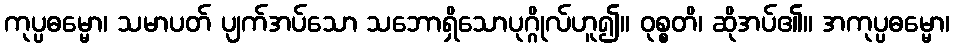
ကုပ္ပဓမ္မော၊ သမာပတ် ပျက်အပ်သော သဘောရှိသောပုဂ္ဂိုလ်ဟူ၍။ ဝုစ္စတိ၊ ဆိုအပ်၏။ အကုပ္ပဓမ္မော၊